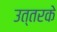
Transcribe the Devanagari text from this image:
उत्तरके